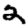
Digit: 2